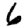
Digit: 6